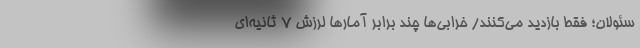
سئولان؛ ‌فقط بازدید می‌کنند/ خرابی‌ها چند برابر آمارها لرزش 7 ثانیه‌ای